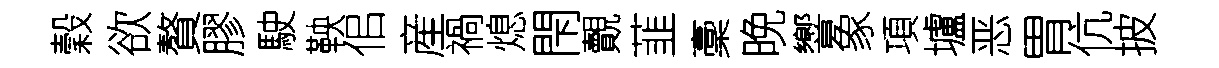
穀欲贅膠駛鞅佀産禍熄閇覿韮稾晚響象項壚恶胃伉披